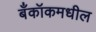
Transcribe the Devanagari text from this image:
बँकॉकमधील